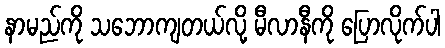
နာမည်ကို သဘောကျတယ်လို့ မီလာနီကို ပြောလိုက်ပါ